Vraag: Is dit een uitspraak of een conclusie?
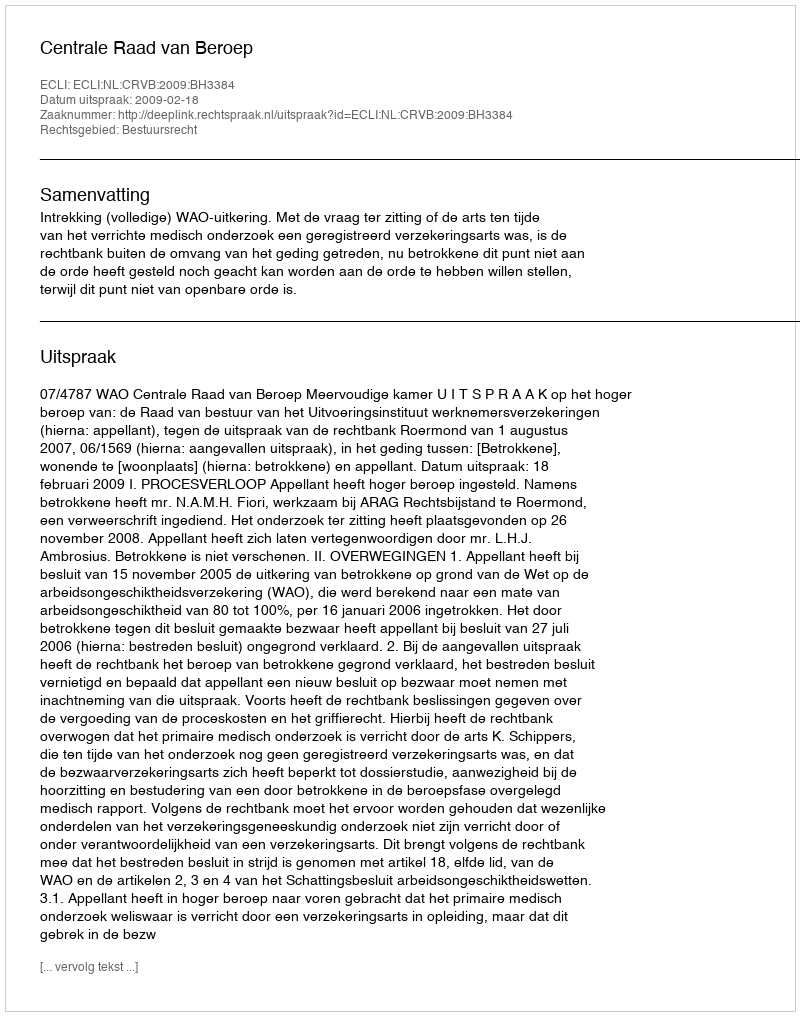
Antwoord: Uitspraak